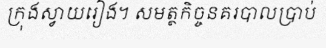
ក្រុងស្វាយរៀង។ សមត្ថកិច្ចនគរបាលប្រាប់